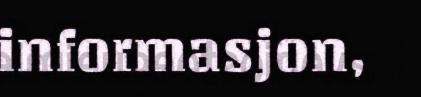
informasjon,